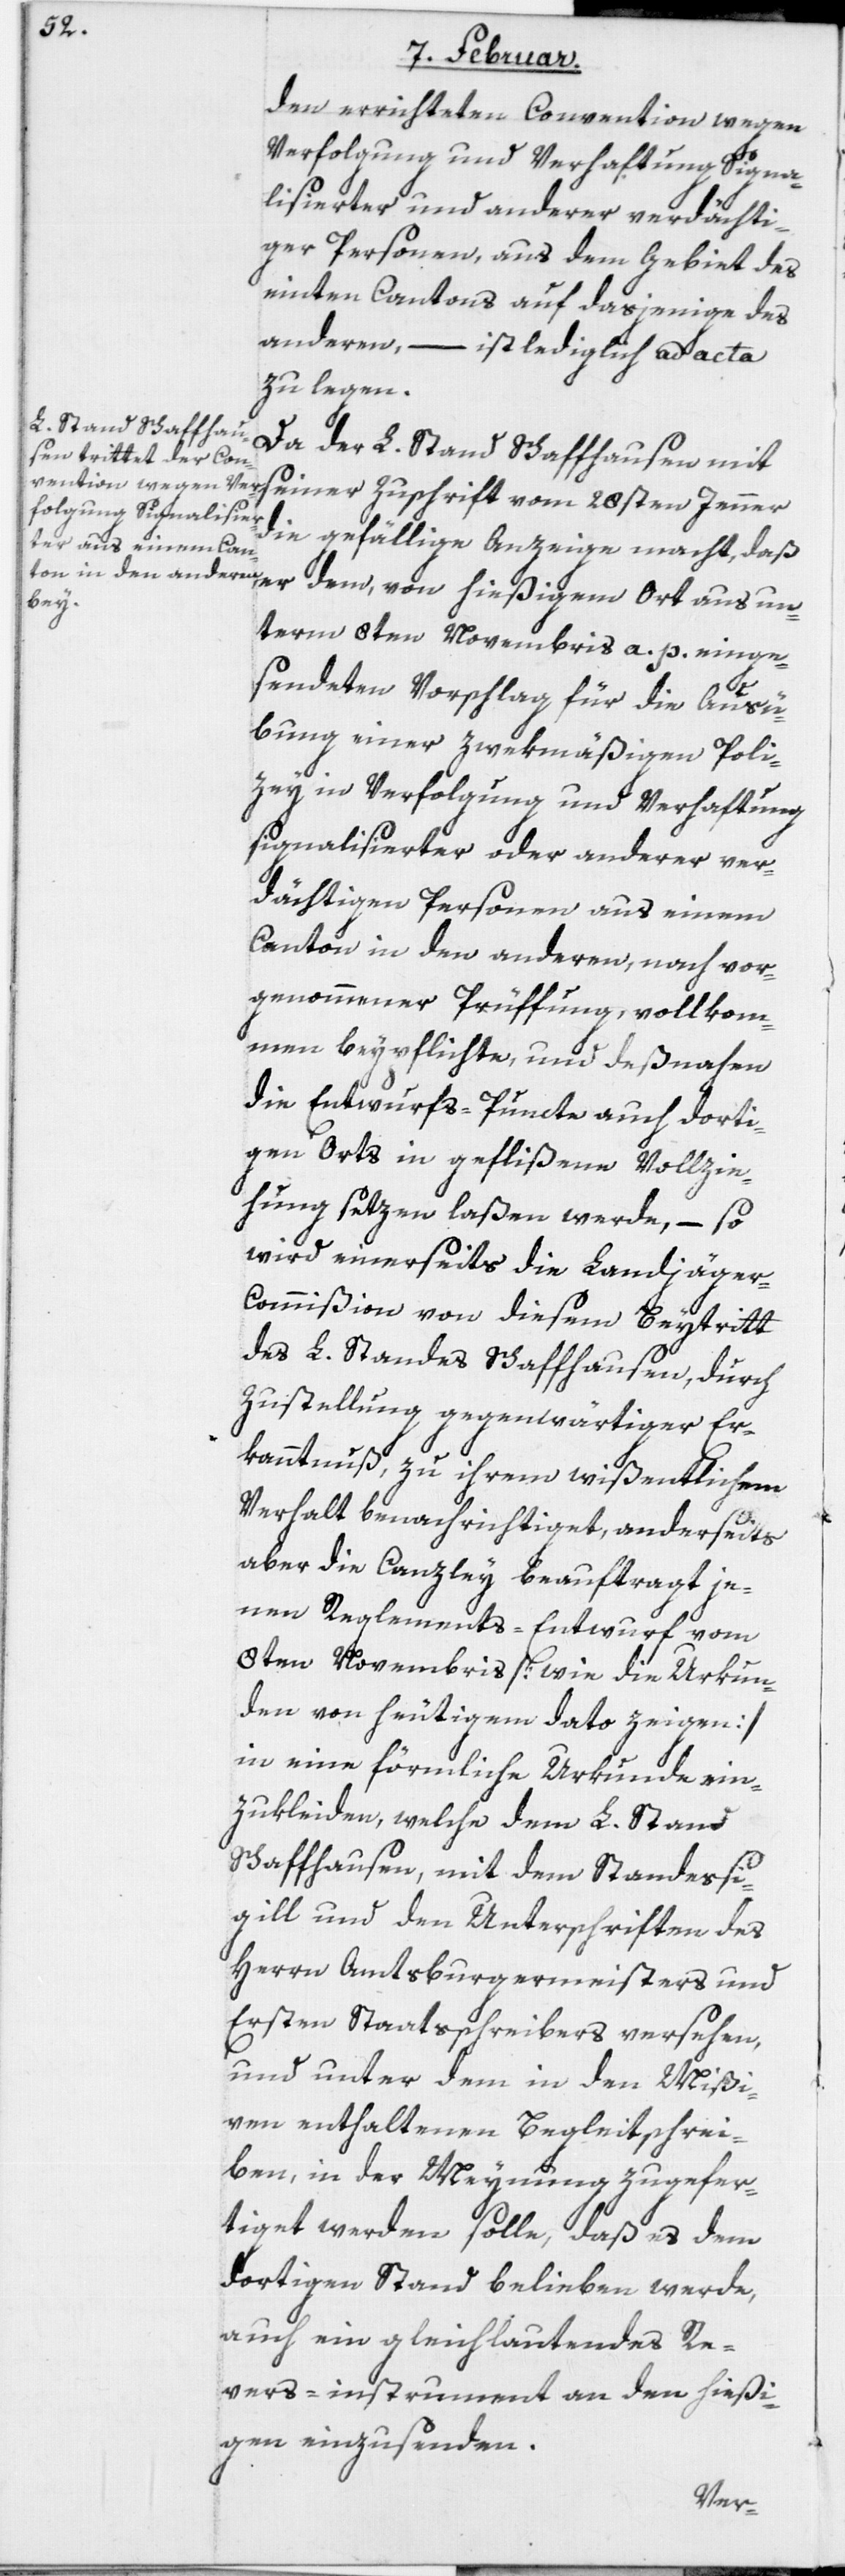
den errichteten Convention wegen
Verfolgung und Verhaftung Signa¬
lisierter und anderer verdächti¬
ger Personen, aus dem Gebiet des
einten Cantons auf dasjenige des
anderen, – ist lediglich ad acta
zu legen.
Da der L. Stand Schaffhausen mit
seiner Zuschrift vom 28sten Jenner
die gefällige Anzeige macht, daß
unterm 8ten Novembris a. p. einge¬
sendeten Vorschlag für die Ausü¬
bung einer zwekmäßigen Poli¬
zey in Verfolgung und Verhaftung
signalisierter oder anderer ver¬
dächtigen Personen aus einem
Canton in den anderen, nach vor¬
genommener Prüffung, vollkom¬
men beypflichte, und deßnahen
die Entwurfs-Puncte auch dorti¬
gen Orts in geflißene Vollzie¬
hung setzen laßen werde, – so
wird einerseits die Landjäge¬
r-Commißion von diesem Beytritt
des L. Standes Schaffhausen, durch
Zustellung gegenwärtiger Er¬
kanntnuß, zu ihrem wißentlichem
Verhalt benachrichtiget, anderseits
aber die Canzley beauftragt je¬
nen Reglements-Entwurf vom
8ten Novembris [wie die Urkun¬
den von heutigem dato zeigen]
in eine förmliche Urkunde ein¬
zukleiden, welche dem L. Stand
Schaffhausen mit dem Standessi¬
gill und den Unterschriften des
Herrn Amtsburgermeisters und
Ersten Staatsschreibers versehen,
und unter dem in den Mißi¬
ven enthaltenen Begleitschrei¬
ben, in der Meynung zugefer¬
tiget werden solle, daß es dem
dortigen Stand belieben werde,
auch ein gleichlautendes Re¬
vers-instrument an den hießi¬
gen einzusenden.